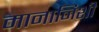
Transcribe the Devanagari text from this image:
मानानिशी